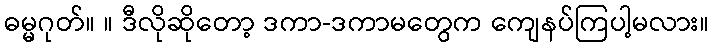
ဓမ္မဂုတ်။ ။ ဒီလိုဆိုတော့ ဒကာ-ဒကာမတွေက ကျေနပ်ကြပါ့မလား။